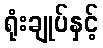
ရုံးချုပ်နှင့်